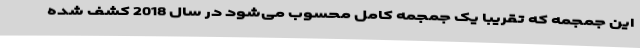
این جمجمه که تقریبا یک جمجمه کامل محسوب می‌شود در سال 2018 کشف شده